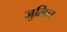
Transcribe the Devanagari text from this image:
जुलिन